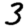
Digit: 3